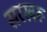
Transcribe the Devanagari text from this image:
सरखरू